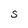
Character: S